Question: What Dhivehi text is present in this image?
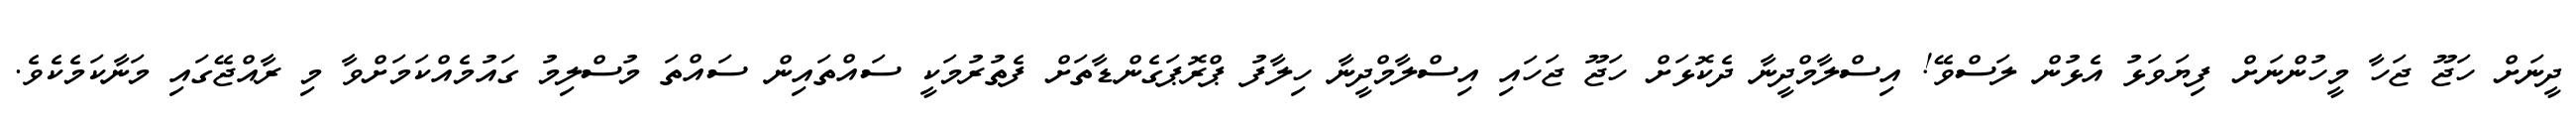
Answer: ދީނަށް ހަޖޫ ޖަހާ މީހުންނަށް ފިޔަވަޅު އެޅުން ލަސްވޭ! އިސްލާމްދީނާ ދެކޮޅަށް ހަޖޫ ޖަހައި އިސްލާމްދީނާ ހިލާފު ޕްރޮޕަގެންޑާތަށް ފެތުރުމަކީ ސައްތައިން ސައްތަ މުސްލިމު ގައުމެއްކަމަށްވާ މި ރާއްޖޭގައި މަނާކަމެކެވެ.